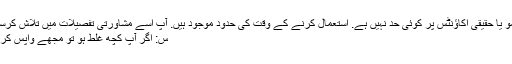
کا جوابڈیمو یا حقیقی اکاؤنٹس پر کوئی حد نہیں ہے. استعمال کرنے کے وقت کی حدود موجود ہیں. آپ اسے مشاورتی تفصیلات میں تلاش کرسکتے ہیں.
س: اگر آپ کچھ غلط ہو تو مجھے واپس کر دیں گے؟